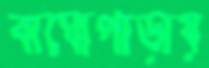
বাঘোপাড়ায়